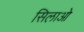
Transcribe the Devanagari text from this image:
सिलाओ